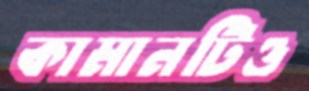
কামানটিও